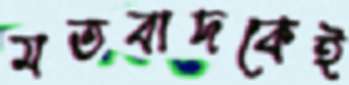
মতবাদকেই